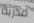
مدربة